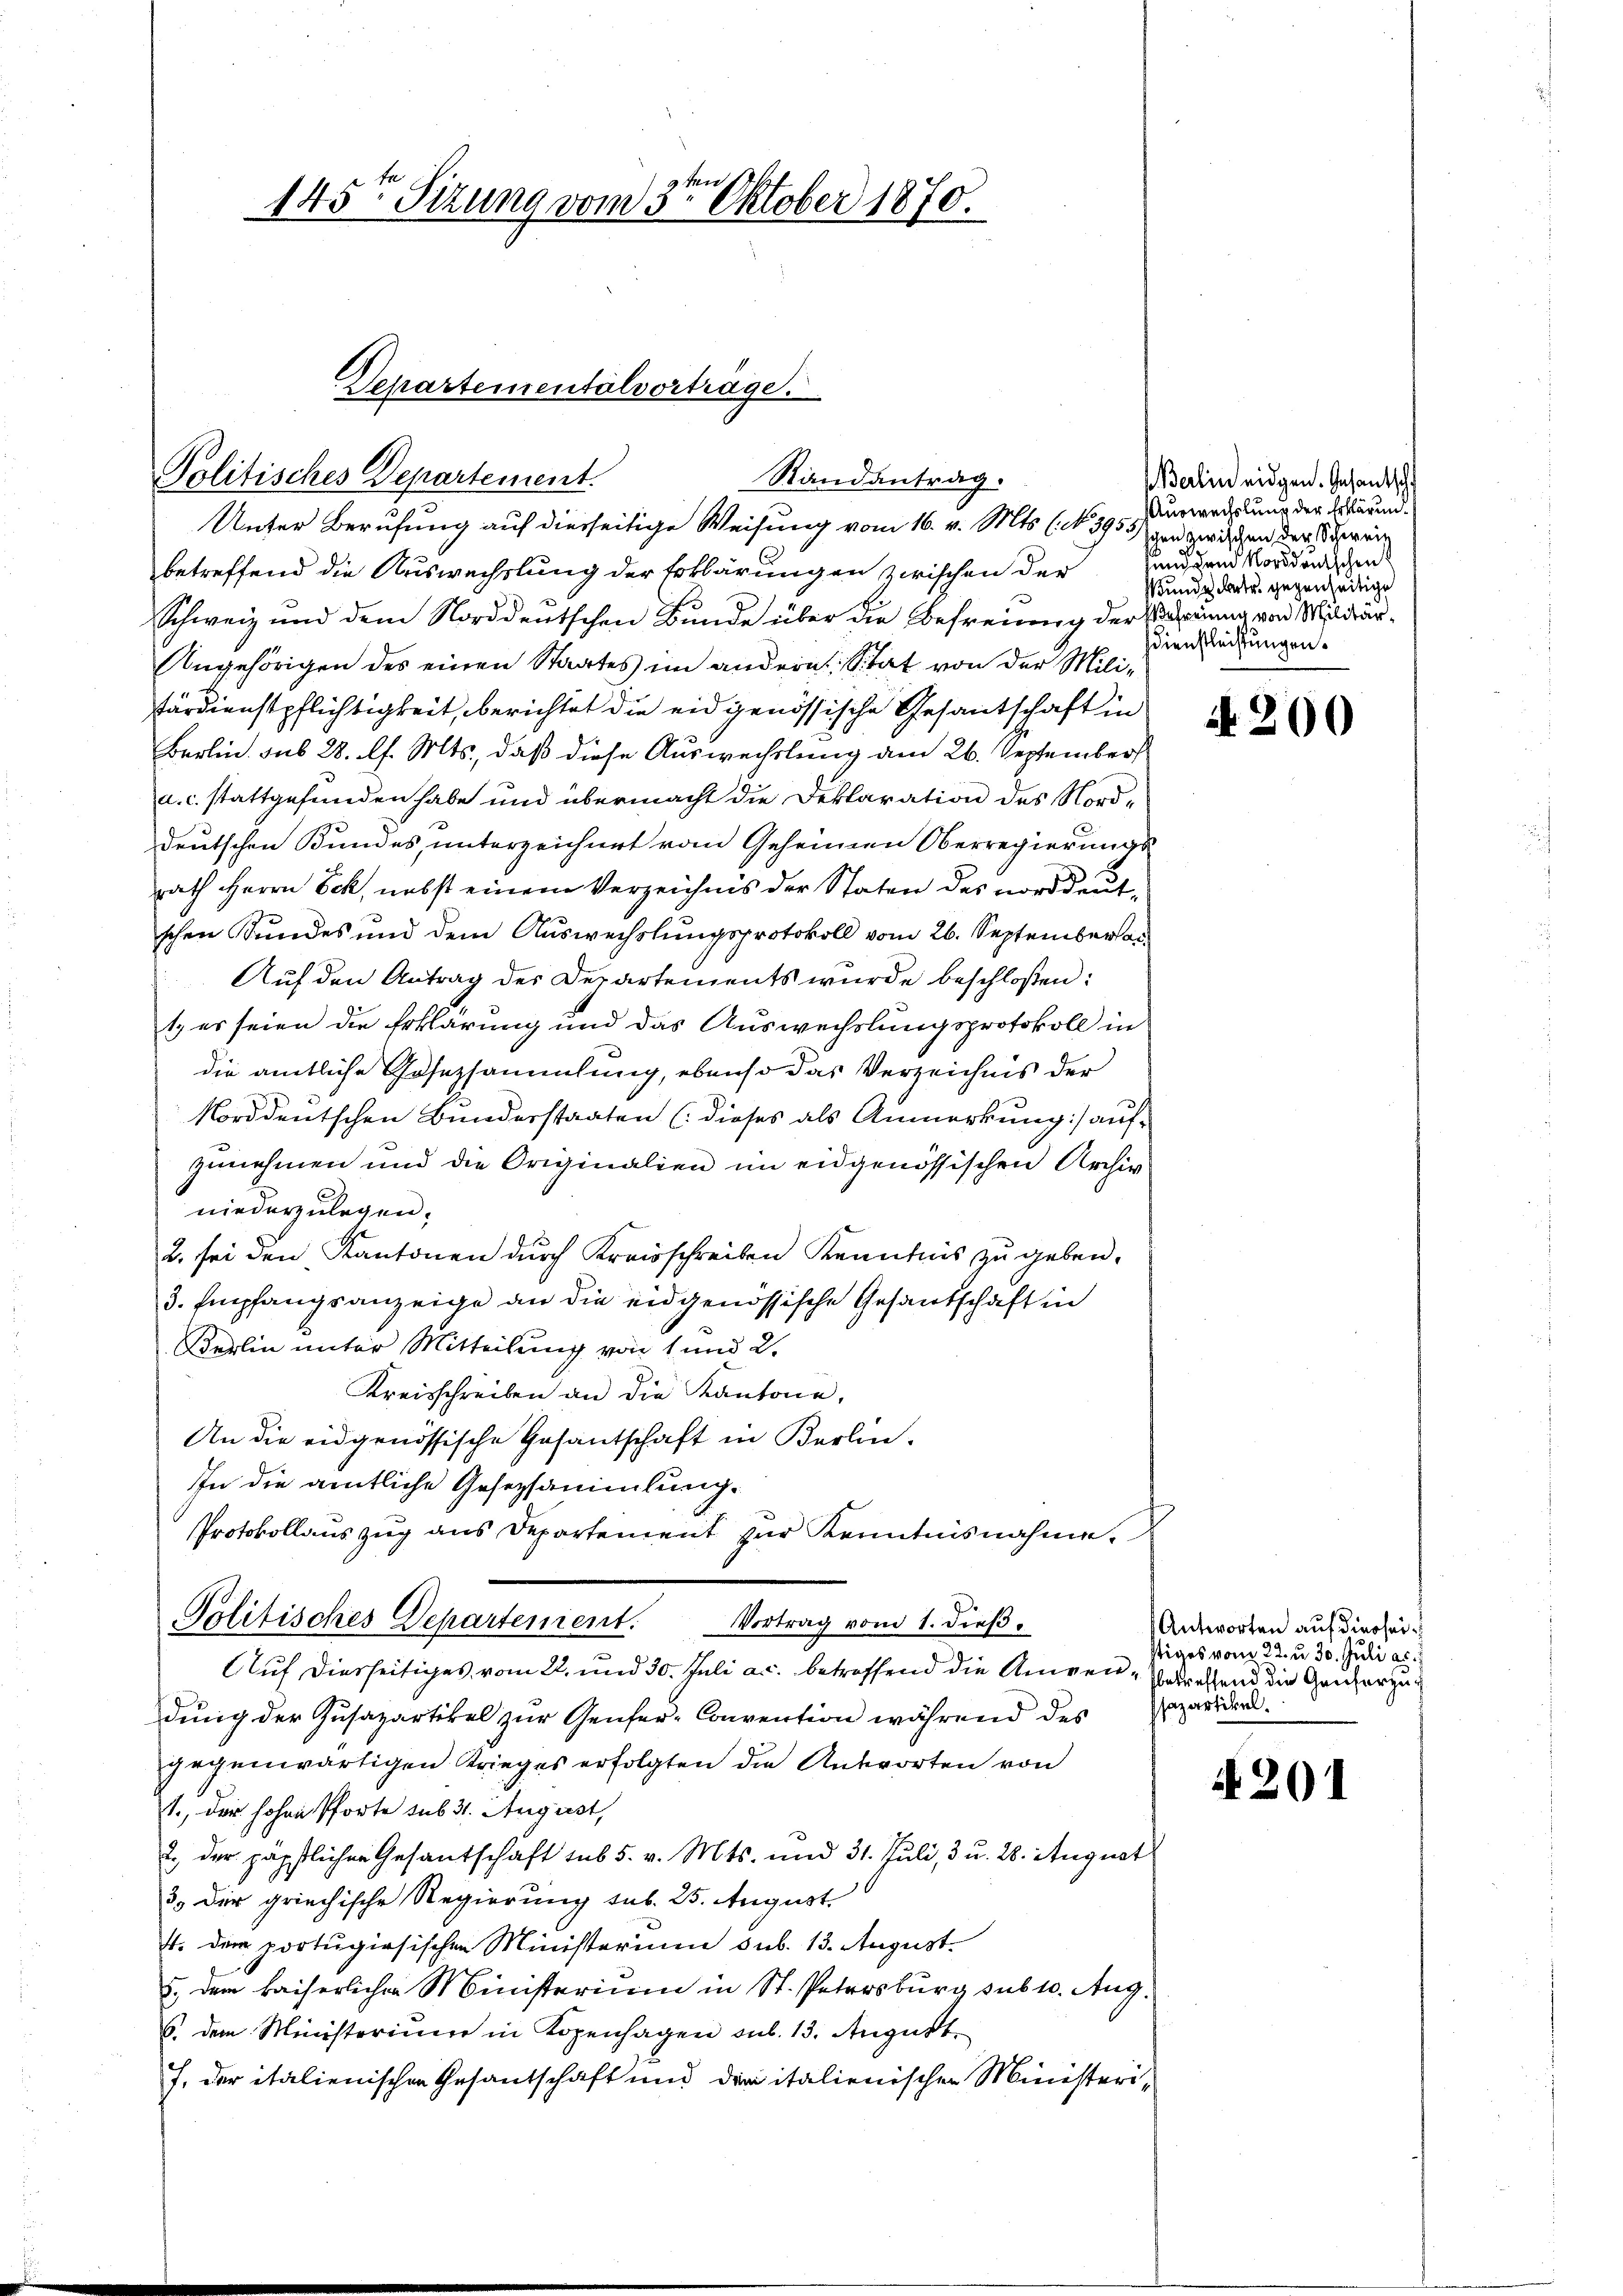
145ten Sizung vom 3ten Oktober 1870.

Departementalvorträge.
Politisches Departement.
Randantrag.

Unter Berufung auf diesseitige Weisung vom 16. v. Mts. (N. 3955 und zwischen der Schrein
betreffend die Auswechslung der Erklärungen zwischen der
Schweiz und dem Norddeutschen Bunde über die Befreiung der Parrung von Militär¬
Angehörigen des einen Staates im andern Stat von der Milifärdienstpflichtigkeit, berichtet die eidgenössische Gesantschaft in
Berlin. sub 28. l. Mts., daß diese Auswechslung am 26. September
a. c. stattgefunden habe und übermacht die Deklaration des Nord-
deutschen Bundes, unterzeichnet vom Geheimen Oberregierungs
rath Herrn Sek, nebst einem Verzeichnis der Staten des norddeut
schen Sundes und dem Auswechslungsprotokoll vom 26. September an
Auf den Antrag des Departements wurde beschloßen:
1. es seien die Erklärung und das Auswechslungsprotokoll in
die amtliche Gesetzsammlung, ebenso das Verzeichnis der
Norddeutschen Bunderstaaten (dieses als Anmerkung) aufzunehmen und die Originalien im eidgenössischen Archiv
niederzulegen.
2. sei den Kantonen durch Kreisschreiben Kenntnis zu geben.
3. Empfangsanzeige an die eidgenössische Gesandschaft in
Berlin unter Mitteilung von 1 und 2.
Kreisschreiben an die Kantone,
An die eidgenössische Gesantschaft in Berlin.
In die amtliche Gesetzsammlung.
Protokollauszug aus Departement zur Kenntnisnahme.
Politisches Departenient. Vortrag vom 1. dieβ.
Auf diesseitiges vom 22. und 30. Juli a.c. betreffend die Angen, Erdrehend die Gauherzudung der Zusapartikel zur Genfer-Convention während des
gegenwärtigen Krieges erfolgten die Antworten von
1., der hohen Pforte sub 31. August,
2. der päpstlichen Gesantschaft sub 5. v. Mts. und 31. Juli, 3 u. 28. August
35 der griechische Regierung sub. 25. August.
4. dem portugisischen Ministerium sub. 13. August.
5., dem kaiserlicher Ministerium in St. Petersburg sub 10. Aug
6. dem Ministerium in Kopenhagen sub. 13. August.
f. der italienischen Gesandschaft und die italienischen Ministeri¬

Berlin eidgen. Gesantsch
Auswechslung der Erklärunsund und Norddeutschen
Wunde betr. gegenseitige
sdienstleistungen.

4200

Antworten auf diesseittiges vom 22. u. 30. Juli ab.
sazartikel.

4201